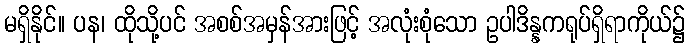
မရှိနိုင်။ ပန၊ ထိုသို့ပင် အစစ်အမှန်အားဖြင့် အလုံးစုံသော ဥပါဒိန္နကရုပ်ရှိရာကိုယ်၌